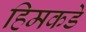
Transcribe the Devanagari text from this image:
हिमकडे